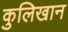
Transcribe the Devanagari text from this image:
कुलिखान